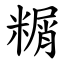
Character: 糏